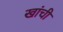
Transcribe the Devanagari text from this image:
खांची